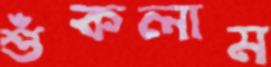
শুঁকলাম